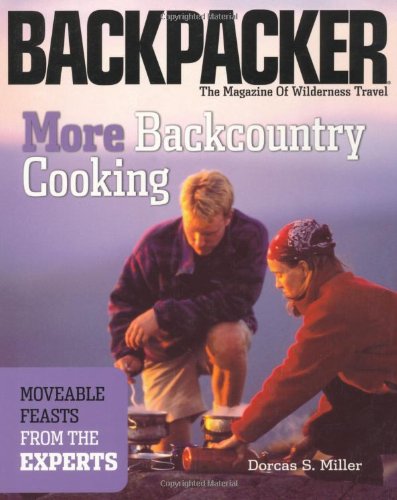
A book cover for More Backcountry Cooking: Moveable Feasts by the Experts (Backpacker Magazine); Dorcas Miller; Cookbooks, Food & Wine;